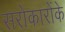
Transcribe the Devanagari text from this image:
सरोकारोंके